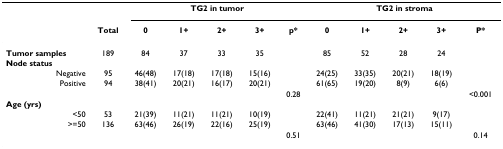
<table><thead><tr><td></td><td></td><td colspan="5"><b>TG2 in tumor</b></td><td colspan="5"><b>TG2 in stroma</b></td></tr><tr><td></td><td><b>Total</b></td><td><b>0</b></td><td><b>1+</b></td><td><b>2+</b></td><td><b>3+</b></td><td><b>p*</b></td><td><b>0</b></td><td><b>1+</b></td><td><b>2+</b></td><td><b>3+</b></td><td><b>P*</b></td></tr></thead><tbody><tr><td><b>Tumor samples</b></td><td>189</td><td>84</td><td>37</td><td>33</td><td>35</td><td></td><td>85</td><td>52</td><td>28</td><td>24</td><td></td></tr><tr><td><b>Node status</b></td><td></td><td></td><td></td><td></td><td></td><td></td><td></td><td></td><td></td><td></td><td></td></tr><tr><td>Negative</td><td>95</td><td>46(48)</td><td>17(18)</td><td>17(18)</td><td>15(16)</td><td></td><td>24(25)</td><td>33(35)</td><td>20(21)</td><td>18(19)</td><td></td></tr><tr><td>Positive</td><td>94</td><td>38(41)</td><td>20(21)</td><td>16(17)</td><td>20(21)</td><td></td><td>61(65)</td><td>19(20)</td><td>8(9)</td><td>6(6)</td><td></td></tr><tr><td></td><td></td><td></td><td></td><td></td><td></td><td>0.28</td><td></td><td></td><td></td><td></td><td>&lt;0.001</td></tr><tr><td><b>Age (yrs)</b></td><td></td><td></td><td></td><td></td><td></td><td></td><td></td><td></td><td></td><td></td><td></td></tr><tr><td>&lt;50</td><td>53</td><td>21(39)</td><td>11(21)</td><td>11(21)</td><td>10(19)</td><td></td><td>22(41)</td><td>11(21)</td><td>21(21)</td><td>9(17)</td><td></td></tr><tr><td>&gt;=50</td><td>136</td><td>63(46)</td><td>26(19)</td><td>22(16)</td><td>25(19)</td><td></td><td>63(46)</td><td>41(30)</td><td>17(13)</td><td>15(11)</td><td></td></tr><tr><td></td><td></td><td></td><td></td><td></td><td></td><td>0.51</td><td></td><td></td><td></td><td></td><td>0.14</td></tr></tbody></table>